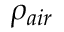
\rho _ { a i r }